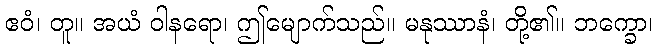
ဧဝံ၊ တူ။ အယံ ဝါနရော၊ ဤမျောက်သည်။ မနုဿာနံ၊ တို့၏။ ဘက္ခော၊